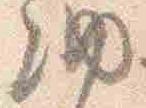
納